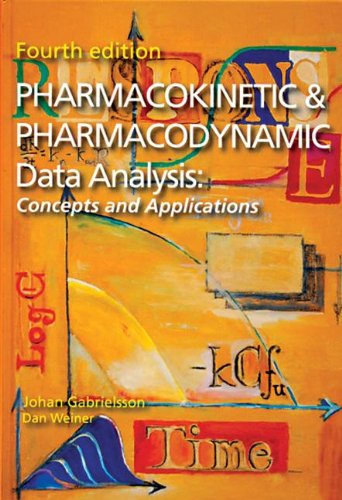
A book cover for Pharmacokinetic and Pharmacodynamic Data Analysis: Concepts and Applications, Fourth Edition; Johan Gabrielsson; Science & Math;